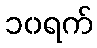
၁၀ရက်